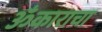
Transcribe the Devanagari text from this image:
ॐकाराचा